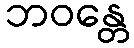
ဘဝန္တေ